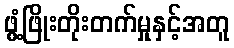
ဖွံ့ဖြိုးတိုးတက်မှုနှင့်အတူ